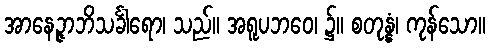
အာနေဉ္ဇာဘိသင်္ခါရော၊ သည်။ အရူပဘဝေ၊ ၌။ စတုန္နံ၊ ကုန်သော။